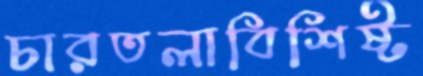
চারতলাবিশিষ্ট